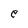
Character: e